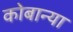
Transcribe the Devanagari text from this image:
कोबान्या